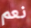
نعم